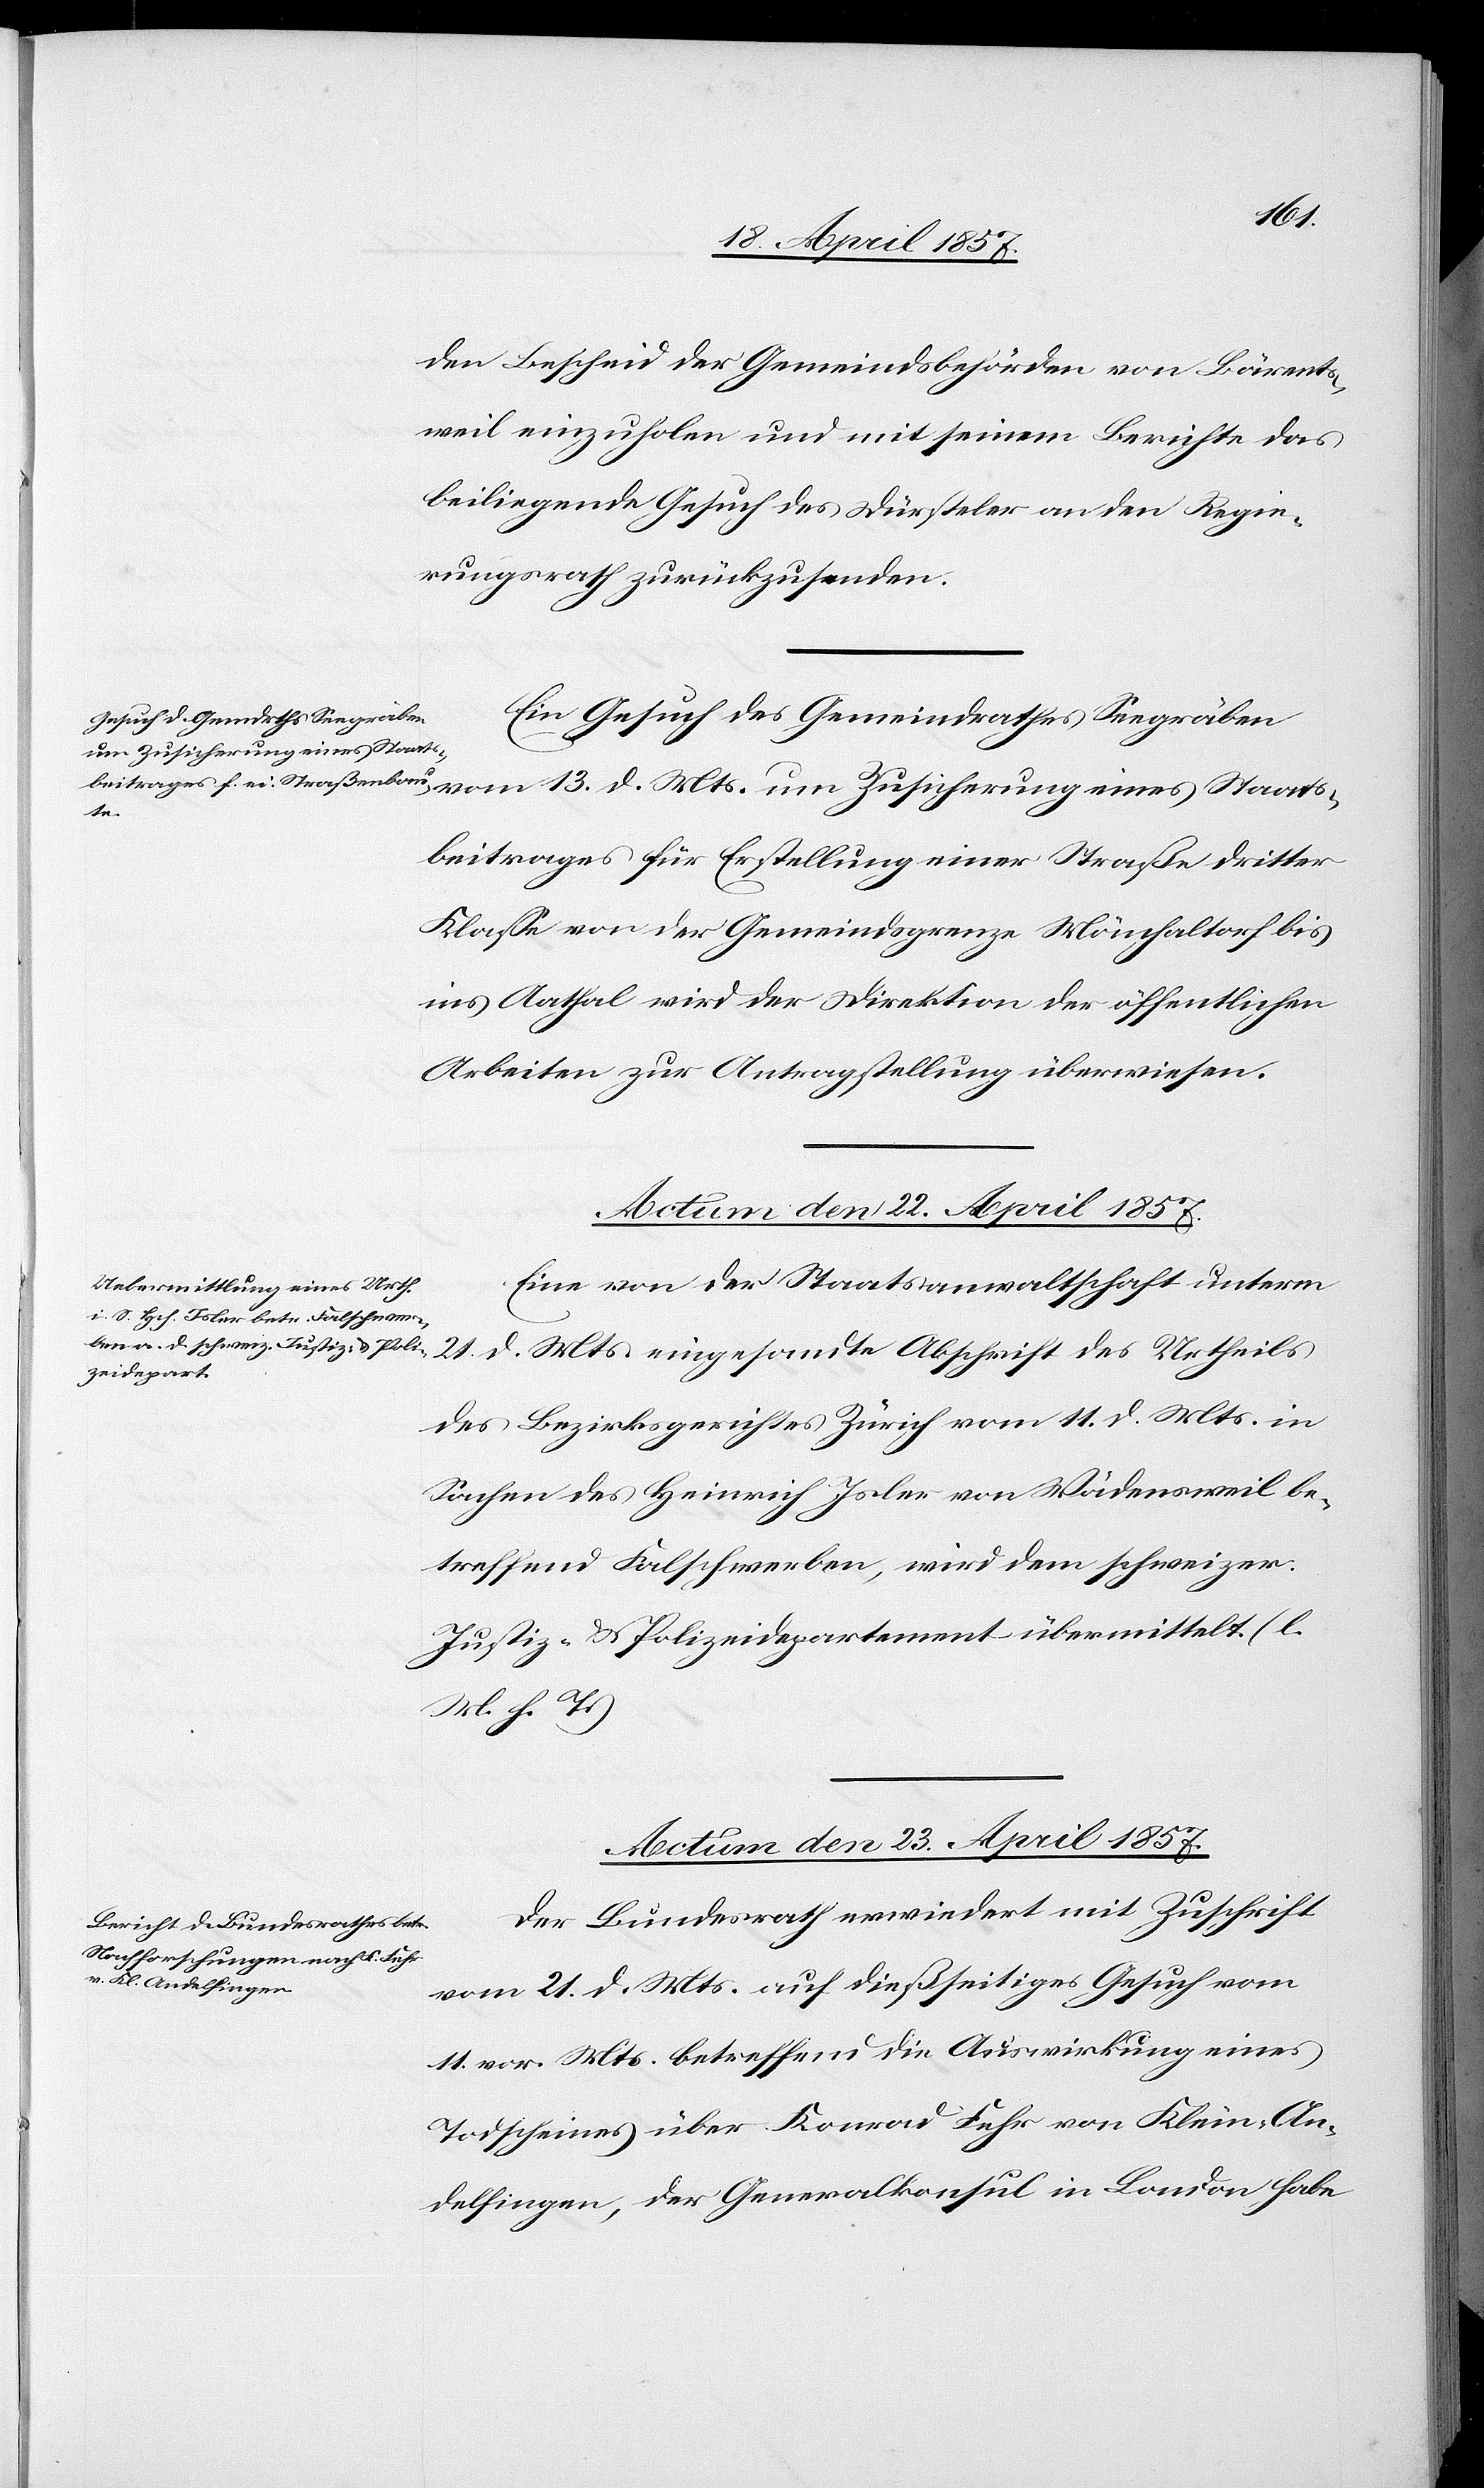
Mts.
den Bescheid der Gemeindsbehörde von Bärents¬
weil einzuholen und mit seinem Berichte das
beiliegende Gesuch des Dürsteler an den Regie¬
rungsrath zurückzusenden.
Ein Gesuch des Gemeindrathes Seegräben
um Zusicherung eines Staats¬
d.
beitrages für Erstellung einer Straße dritter
Klasse von der Gemeindsgrenze Mönchaltorf bis
ins Aathal wird der Direktion der öffentlichen
Arbeiten zur Antragstellung überwiesen.
Eine von der Staatsanwaltschaft unterm
21. d. Mts. eingesandte Abschrift des Urtheils
des Bezirksgerichtes Zürich vom 11. d. Mts. in
Sachen des Heinrich Isler von Wädensweil be¬
treffend Falschwerben, wird dem schweizer.
Justiz- & Polizeidepartement übermittelt. (l.
M. h. T.)
Actum den 23. April 1857.
Der Bundesrath erwiedert mit Zuschrift
vom 21. d. Mts. auf dießseitiges Gesuch vom
11. vor. Mts. betreffend die Auswirkung eines
Todscheines über Konrad Fehr von Klein-An¬
delfingen, der Generalkonsul in London habe